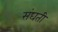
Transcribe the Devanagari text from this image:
संघती